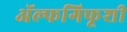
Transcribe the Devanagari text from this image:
ॲल्फगिफूशी